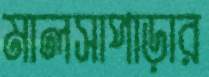
মালসাপাড়ার